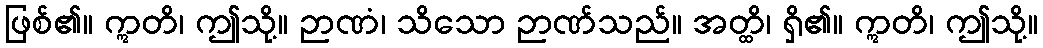
ဖြစ်၏။ ဣတိ၊ ဤသို့။ ဉာဏံ၊ သိသော ဉာဏ်သည်။ အတ္ထိ၊ ရှိ၏။ ဣတိ၊ ဤသို့။